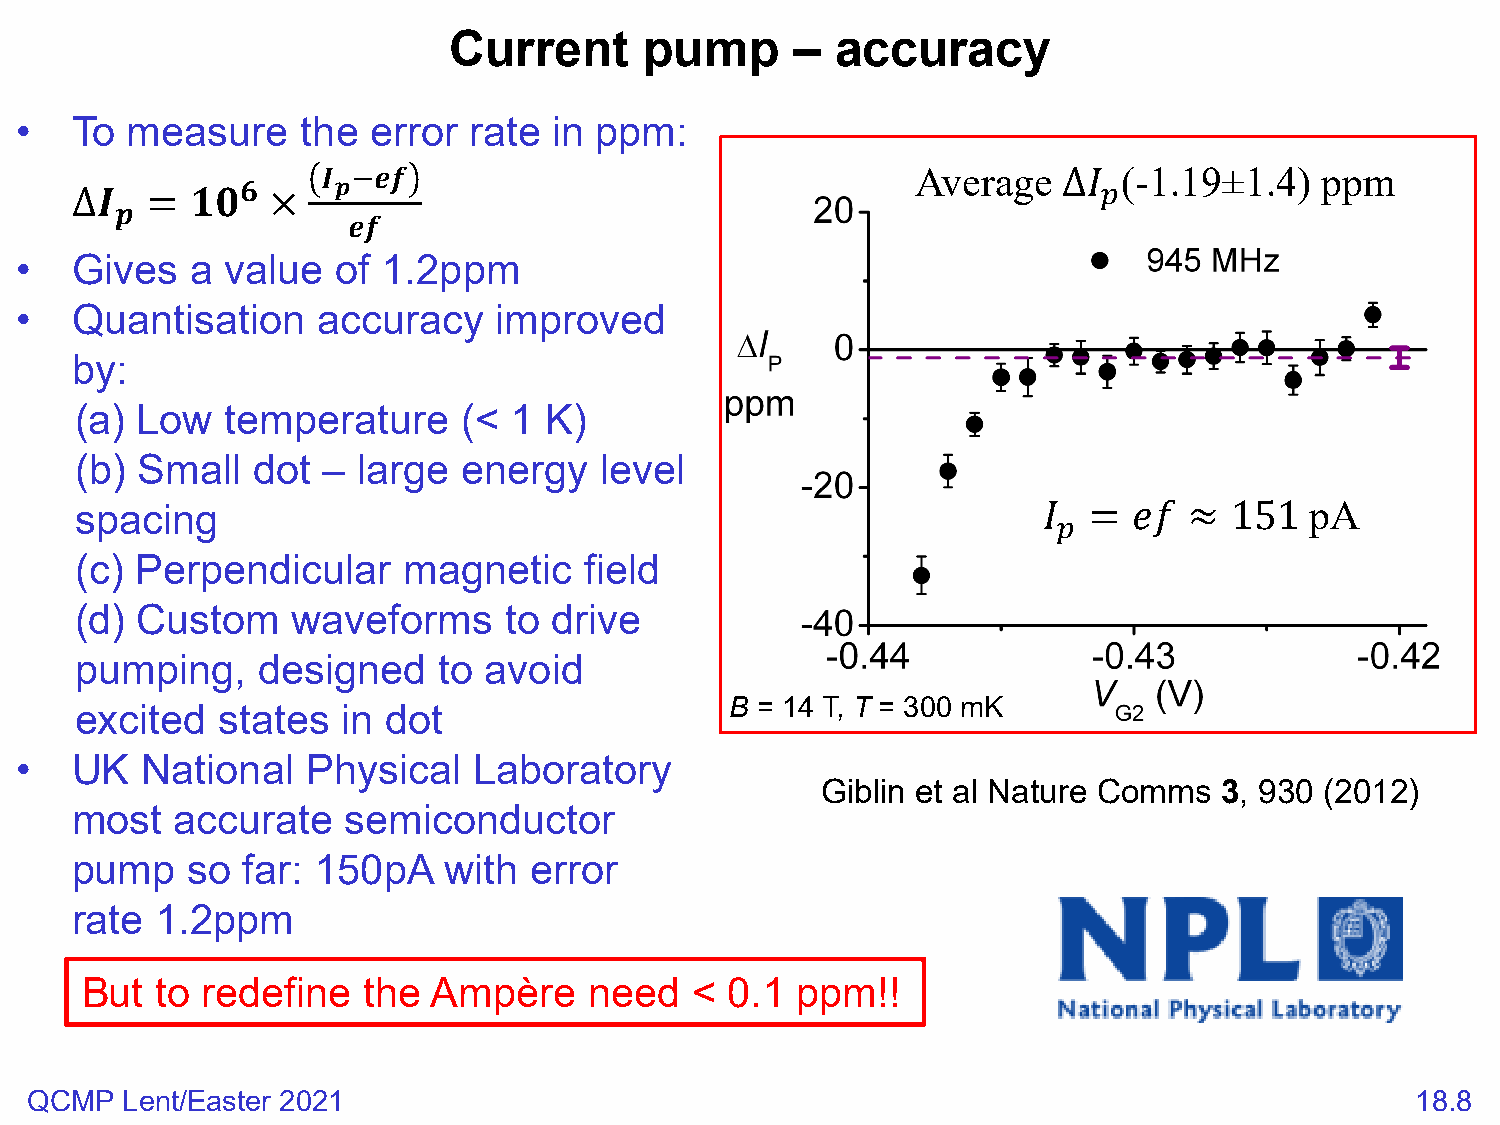
Current      pump      – accuracy
 •   To measure     the error  rate  in ppm:
 Average      (-1.19±1.4)  ppm
 𝑰𝑰𝒑𝒑−𝒆𝒆𝒆𝒆
 𝟔𝟔                                                       𝑝𝑝
 •   Gives   a value  of 1.2ppm                                       ∆𝐼𝐼
 𝒑𝒑
 ∆𝑰𝑰  =  𝟏𝟏𝟏𝟏 ×    𝒆𝒆𝒆𝒆
 •   Quantisation    accuracy    improved
 by:
 (a) Low   temperature     (< 1 K)
 (b) Small   dot –  large  energy   level
 spacing                                                                           pA
 (c) Perpendicular     magnetic    field
 𝑝𝑝
 𝐼𝐼 =  𝑛𝑛𝑛𝑛 ≈ 151
 (d) Custom    waveforms     to drive
 pumping,    designed    to avoid
 B = 14 T, T = 300 mK
 excited  states   in dot
 •   UK  National   Physical   Laboratory
 Giblin et al Nature Comms  3, 930 (2012)
 most  accurate    semiconductor
 pump   so  far: 150pA   with  error
 rate 1.2ppm
 But  to redefine   the Ampère     need   < 0.1  ppm!!
 QCMP  Lent/Easter 2021                                                                      18.8